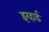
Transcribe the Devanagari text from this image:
इरहार्ड